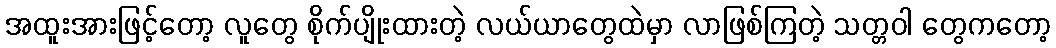
အထူးအားဖြင့်တော့ လူတွေ စိုက်ပျိုးထားတဲ့ လယ်ယာတွေထဲမှာ လာဖြစ်ကြတဲ့ သတ္တဝါ တွေကတော့